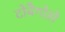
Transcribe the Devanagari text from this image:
टोबैगोसे